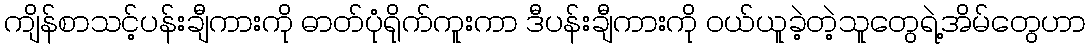
ကျိန်စာသင့်ပန်းချီကားကို ဓာတ်ပုံရိုက်ကူးကာ ဒီပန်းချီကားကို ဝယ်ယူခဲ့တဲ့သူတွေရဲ့အိမ်တွေဟာ